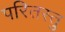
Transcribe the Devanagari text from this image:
परितस्तु